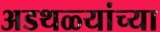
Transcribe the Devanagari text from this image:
अडथळ्यांच्या